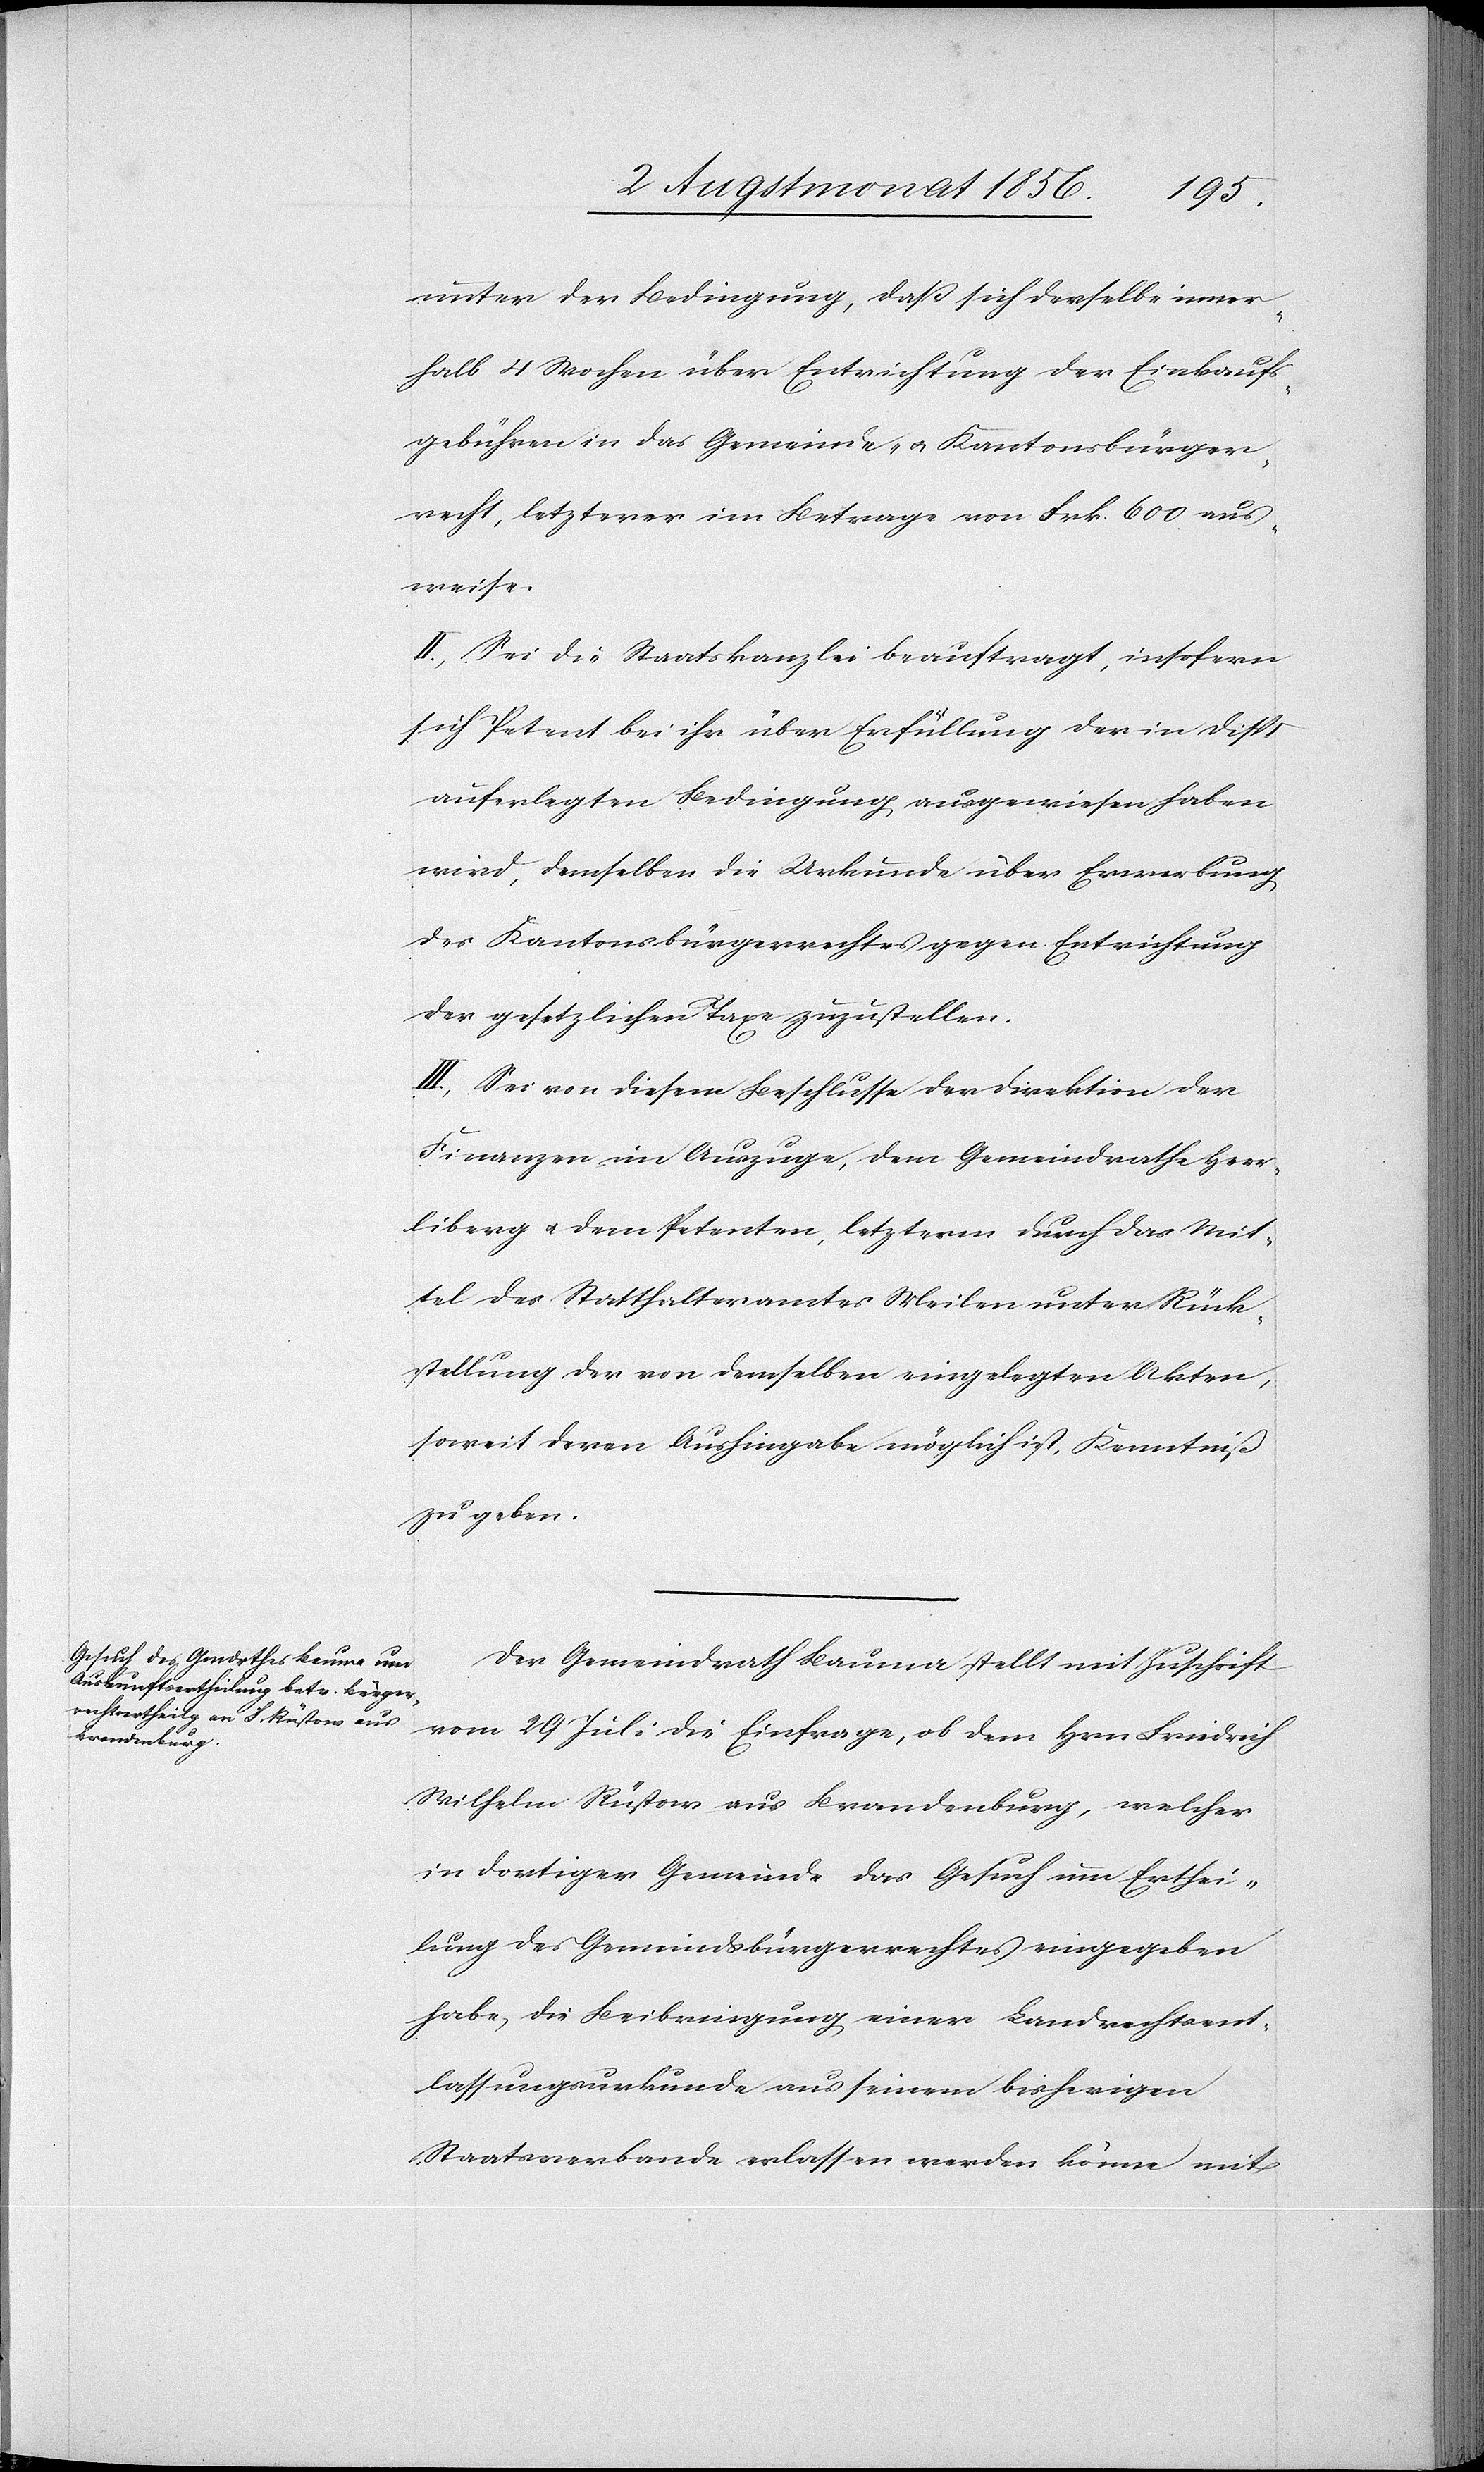
unter der Bedingung, dass sich derselbe inner¬
halb 4 Wochen über Entrichtung der Einkaufs¬
gebühren in das Gemeinde- u. Kantonsbürger¬
recht, letzterer im Betrage von Frk. 600 aus¬
weise.
II.) Sei die Staatskanzlei beauftragt, insofern
sich Petent bei ihr über Erfüllung der in Disp
auferlegten Bedingung ausgewiesen haben
wird, demselben die Urkunde über Erwerbung
des Kantonsbürgerrechtes gegen Entrichtung
der gesetzlichen Taxe zuzustellen.
III.) Sei von diesem Beschlusse der Direktion der
Finanzen im Auszuge, dem Gemeindrathe Herr¬
liberg u. dem Petenten, letzterm durch das Mit¬
tel des Statthalteramtes Meilen unter Rück¬
stellung der von demselben eingelegten Akten,
soweit deren Aushingabe möglich ist, Kenntniß
zu geben.
Der Gemeindrath Bauma stellt mit Zuschrift
vom 29 Juli die Einfrage, ob dem Hrn Friedrich
Wilhelm Rüstow aus Brandenburg, welcher
in dortiger Gemeinde das Gesuch um Erthei¬
lung des Gemeindsbürgerrechtes eingegeben
habe, die Beibringung einer Landrechtsent¬
lassungsurkunde aus seinem bisherigen
Staatsverbande erlassen werden könne mit